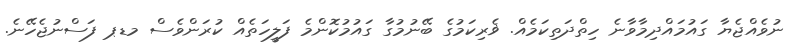
ނުވެއްޖެޔާ ގައުމައްދިމާވާނެ ހިތްދަތިކަމެއް. ޥެރިކަމުގެ ބޭނުމުގާ ގައުމުކޮންމެ ފަލީހަތެއް ކުރަންވެސް މޑޕ ފަސްނުޖެހޭނެ.